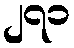
၂၇၁